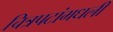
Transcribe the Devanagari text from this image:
चित्रपटांमधली